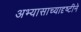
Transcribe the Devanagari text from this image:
अभ्यासाच्यादृष्टीने